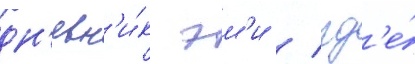
дн'евн'и́к эм'и / гд'е́